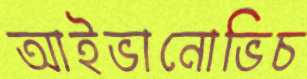
আইভানোভিচ